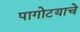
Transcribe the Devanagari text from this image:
पागोटयाचे